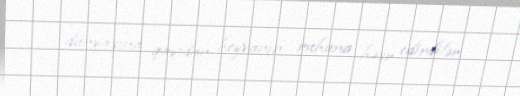
dünyasına qayıdan heyvanın ruhuna həsr edirdilər.